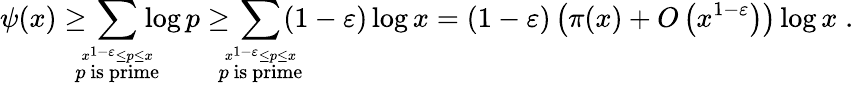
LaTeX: \psi(x)\geq\! \! \! \! \sum_{\stackrel{x^{1-\varepsilon}\leq p\leq x}{p{\mathrm{~is~prime}}}}\! \! \! \! \log p\geq\! \! \! \! \sum_{\stackrel{x^{1-\varepsilon}\leq p\leq x}{p{\mathrm{~is~prime}}}}\! \! \! \! (1-\varepsilon)\log x=(1-\varepsilon)\left(\pi(x)+O\left(x^{1-\varepsilon}\right)\right)\log x\; .